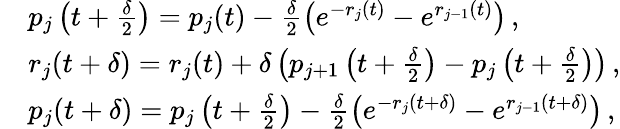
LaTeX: \begin{array}{rl}&{p_{j}\left(t+\frac{\delta}{2}\right)=p_{j}(t)-\frac{\delta}{2}\left(e^{-r_{j}(t)}-e^{r_{j-1}(t)}\right)\, ,}\\ &{r_{j}(t+\delta)=r_{j}(t)+\delta\left(p_{j+1}\left(t+\frac{\delta}{2}\right)-p_{j}\left(t+\frac{\delta}{2}\right)\right)\, ,}\\ &{p_{j}(t+\delta)=p_{j}\left(t+\frac{\delta}{2}\right)-\frac{\delta}{2}\left(e^{-r_{j}(t+\delta)}-e^{r_{j-1}(t+\delta)}\right)\, ,}\end{array}